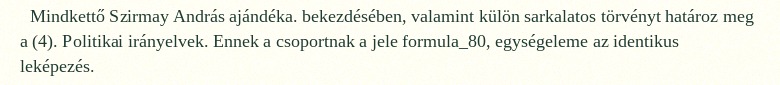
Mindkettő Szirmay András ajándéka. bekezdésében, valamint külön sarkalatos törvényt határoz meg a (4). Politikai irányelvek. Ennek a csoportnak a jele formula_80, egységeleme az identikus leképezés.